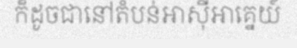
ក៏ដូចជានៅតំបន់អាស៊ីអាគ្នេយ៍